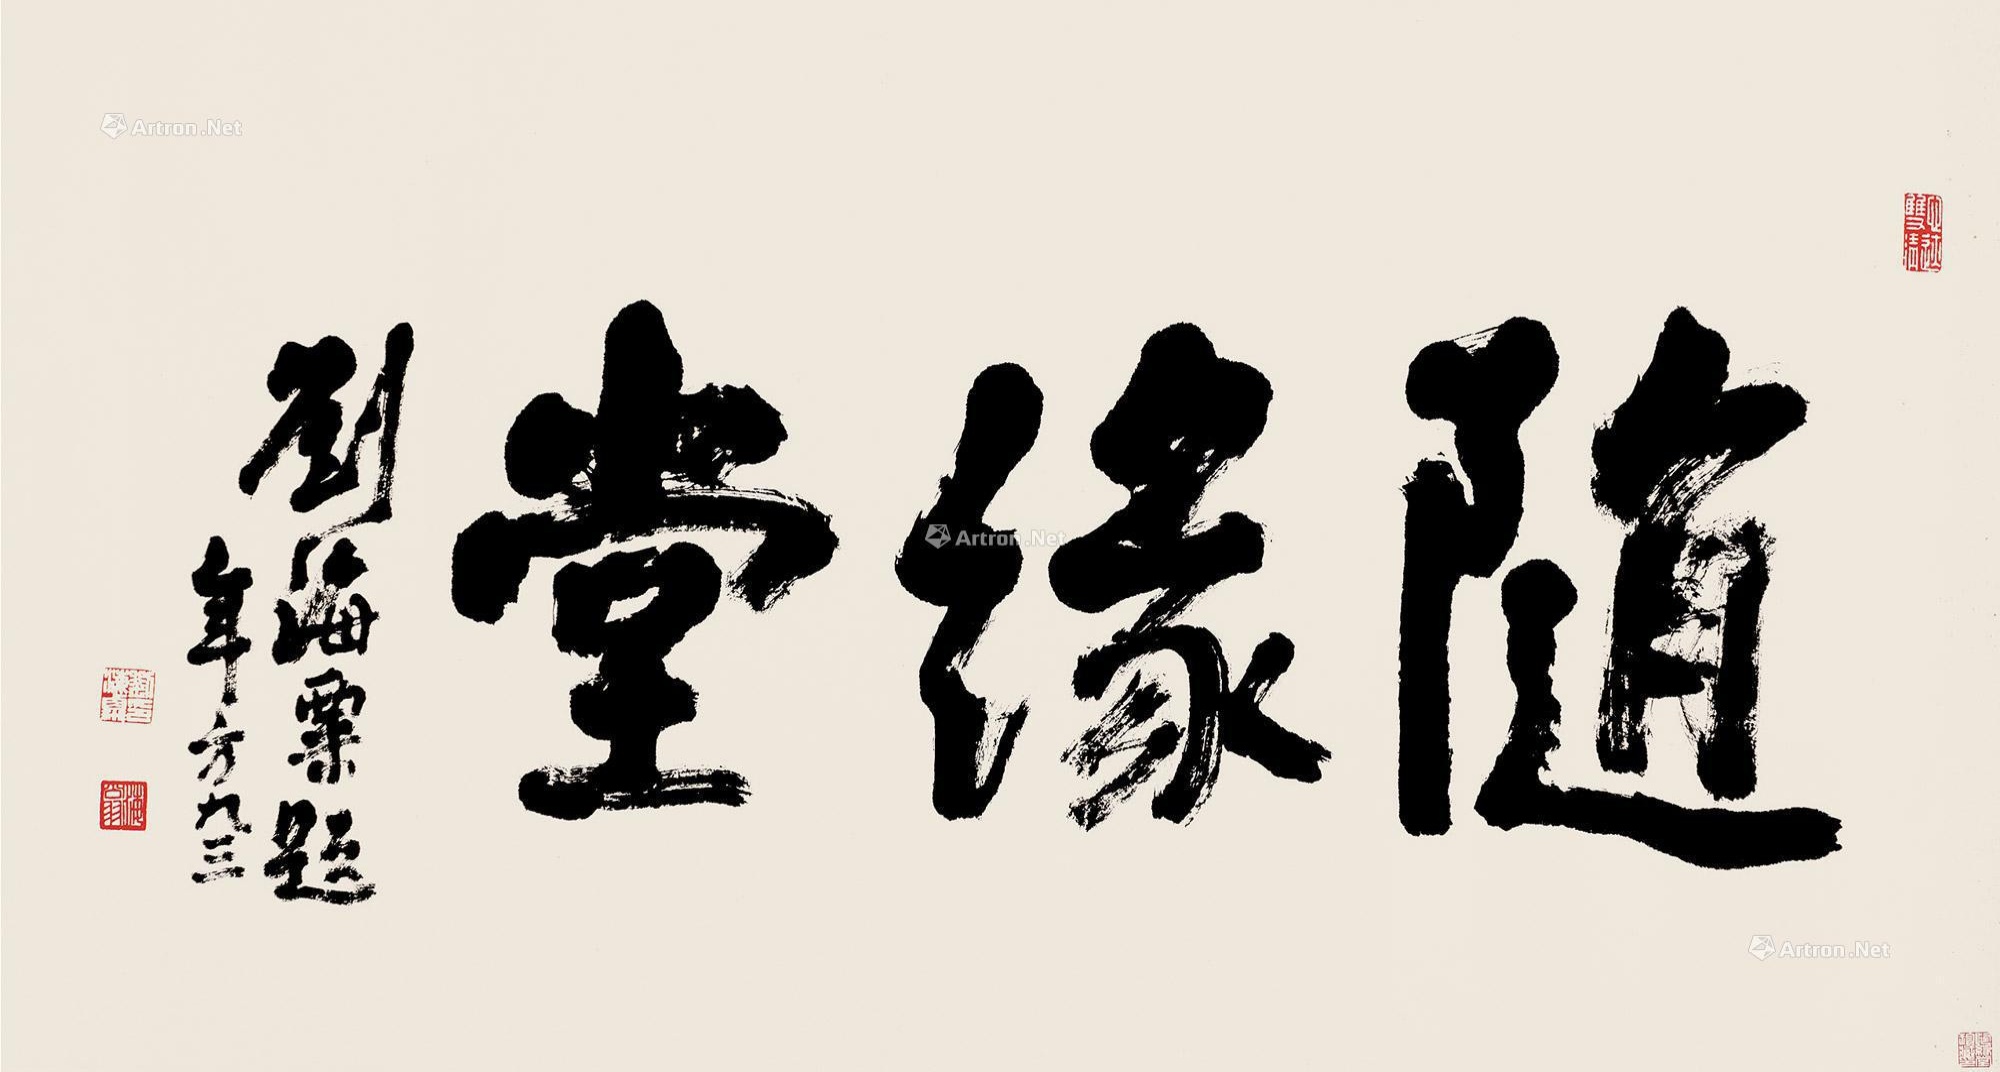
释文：随缘堂。刘海粟题，年方九三。